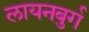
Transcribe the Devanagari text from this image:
लायनबुर्ग